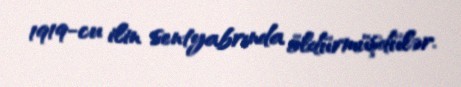
1919-cu ilin sentyabrında öldürmüşdülər.